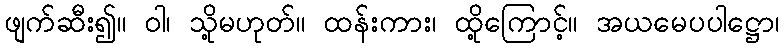
ဖျက်ဆီး၍။ ဝါ၊ သို့မဟုတ်။ ထန်းကား၊ ထို့ကြောင့်။ အယမေပပါဋ္ဌော၊